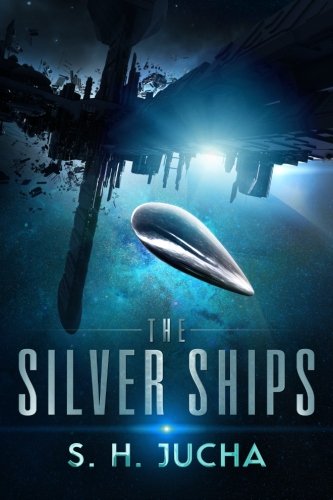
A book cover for The Silver Ships (Volume 1); S. H. Jucha; Science Fiction & Fantasy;